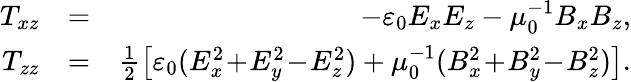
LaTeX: \begin{array}{rlr}{T_{xz}}&{=}&{-\varepsilon_{0}E_{x}E_{z}-\mu_{0}^{-1}B_{x}B_{z},}\\ {T_{zz}}&{=}&{\frac{1}{2}\left[\varepsilon_{0}(E_{x}^{2}\! +\! E_{y}^{2}\! -\! E_{z}^{2})+\mu_{0}^{-1}(B_{x}^{2}\! +\! B_{y}^{2}\! -\! B_{z}^{2})\right].}\end{array}